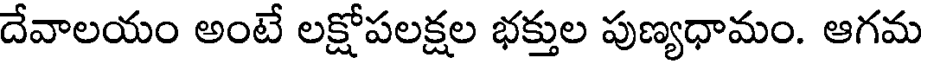
దేవాలయం అంటే లక్షోపలక్షల భక్తుల పుణ్యధామం. ఆగమ